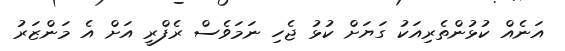
އަނެއް ކުޅުންތެރިއަކު ގަޔަށް ކުޅު ޖެހި ނަމަވެސް ރެފްރީ އަށް އެ މަންޒަރު